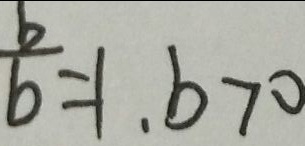
\frac { b } { b } = 1 , b > 0